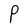
Character: P